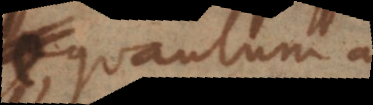
quantum